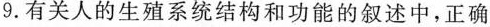
9.有关人的生殖系统结构和功能的叙述中，正确